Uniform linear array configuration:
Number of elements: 32
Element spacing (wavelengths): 0.75
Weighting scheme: hamming
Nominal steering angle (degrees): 0
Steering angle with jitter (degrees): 0.1223
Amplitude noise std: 0.05
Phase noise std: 0.05

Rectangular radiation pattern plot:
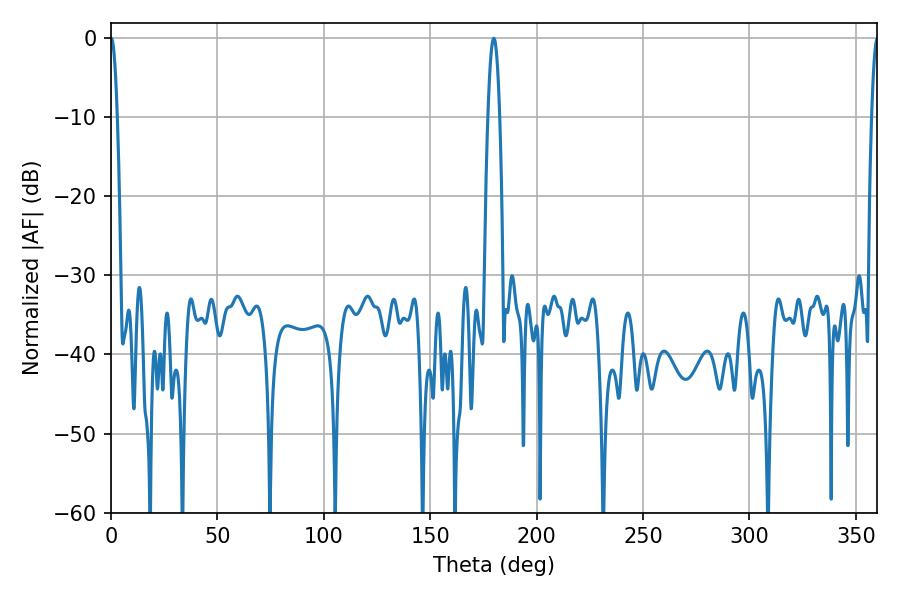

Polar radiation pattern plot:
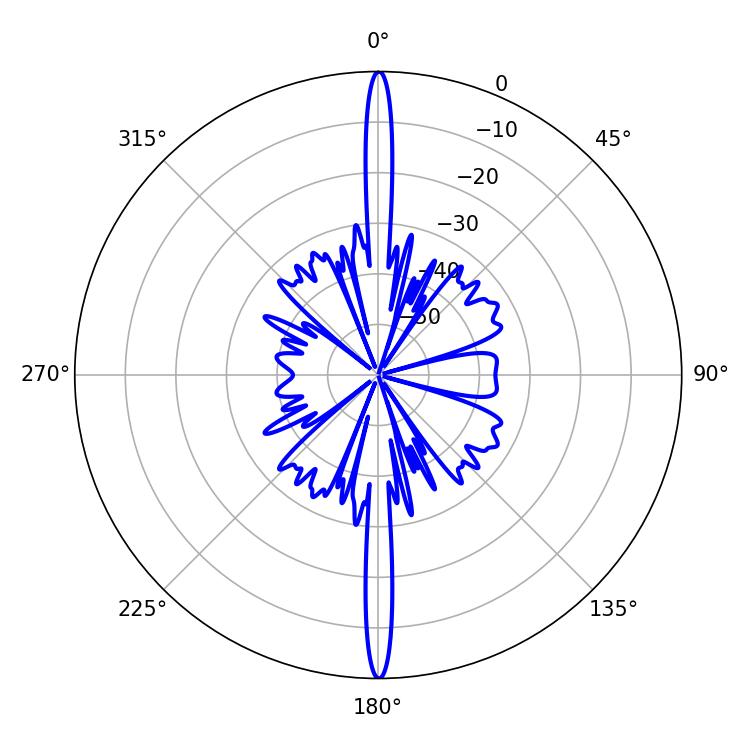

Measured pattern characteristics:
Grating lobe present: TRUE
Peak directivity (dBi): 36.311
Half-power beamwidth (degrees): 1.62
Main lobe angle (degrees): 0.18